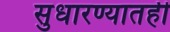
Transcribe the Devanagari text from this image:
सुधारण्यातही